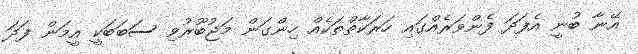
އޭނާ ބުނީ އެފަދަ ފެންވަރެއްގައި ހަރަކާތްތަކެއް ހިންގަން މަޖުބޫރުވި ސަބަބަކީ އީމަން ފަދަ